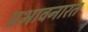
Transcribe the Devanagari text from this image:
प्रभावनारत